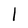
Character: I